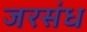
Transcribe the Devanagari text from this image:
जरसंध